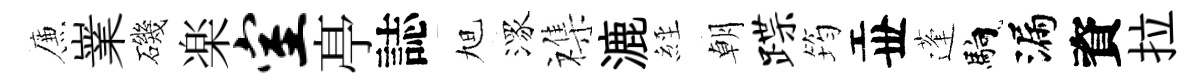
簾嶪磯楽室𠅘誌旭潈襍漉𦀇朝蹀筠丗蓬馿漏資拉